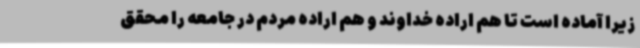
زیرا آماده است تا هم اراده خداوند و هم اراده مردم در جامعه را محقق